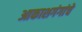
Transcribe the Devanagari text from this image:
आकाशगंगांचे